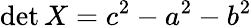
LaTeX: \operatorname*{det}X=c^{2}-a^{2}-b^{2}